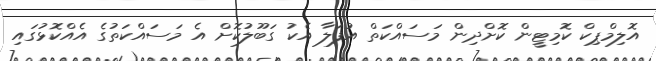
އޮލިމްޕިކް ކޮމިޓީން ކޮށްދިން މަސައްކަތް އުފަލާ އެކު ގަބޫލުކޮށް އެ މަސައްކަތުގެ އެއްކޮޅުގައި